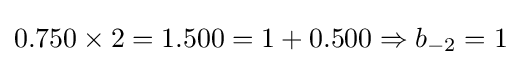
0.750\times 2=1.500=1+0.500\Rightarrow b_{-2}=1